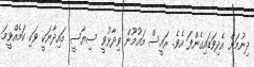
ދިނުމަށް އެދިވަޑައިގެންފަ އެވެ. ރައީސް މައުމޫން ވިދާޅުވީ ސިޔާސީ މައިދާނަކީ ވަކި ކަމެއްވީމަ